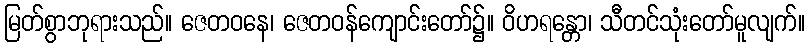
မြတ်စွာဘုရားသည်။ ဇေတဝနေ၊ ဇေတဝန်ကျောင်းတော်၌။ ဝိဟရန္တော၊ သီတင်သုံးတော်မူလျက်။